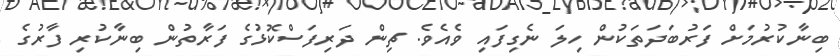
ބިނާކުރުމަށް ފަރުބަދަތަކުން ހިލަ ނެގިފައި ވެއެވެ. ޗިން ދަރިފަސްކޮޅުގެ ފަރާތުން ބިނާކުރި ފާރުގެ